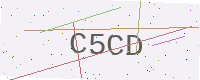
Text: C5CD